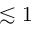
\lesssim 1